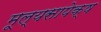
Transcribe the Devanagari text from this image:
मूल्यसापेक्ष